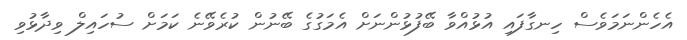
އެހެންނަމަވެސް ހިނގާފައި އުޅުއްވާ ބޭފުޅުންނަށް އެމަގުގެ ބޭނުން ކުރެވޭނެ ކަމަށް ސުހައިލް ވިދާޅުވި